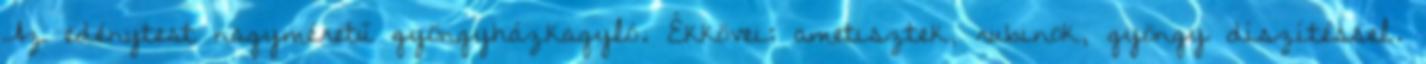
Az edénytest nagyméretű gyöngyházkagyló. Ékkövei: ametisztek, rubinok, gyöngy díszítéssel.